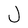
Character: J